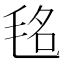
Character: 𣭨